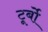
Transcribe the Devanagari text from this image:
टूर्बो